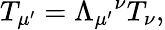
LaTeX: T_{\mu^{\prime}}=\Lambda_{\mu^{\prime}}{}^{\nu}T_{\nu},